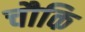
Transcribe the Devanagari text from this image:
चौकि